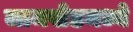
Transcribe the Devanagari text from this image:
जामखेडमध्ये